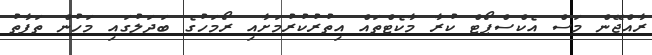
ރާއްޖޭން މަސް އެކްސްޕޯޓް ކުރާ މާކެޓްތައް އިތުރުކުރުމަށާއި ރޯމަހުގެ ބަދަލުގައި މަހުން ތަފާތު